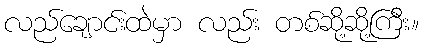
လည်ချောင်းထဲမှာ လည်း တစ်ဆို့ဆို့ကြီး။